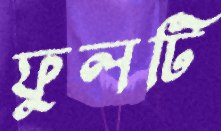
ফুলটি